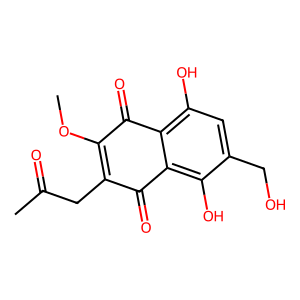
SMILES: COC1=C(CC(C)=O)C(=O)c2c(O)c(CO)cc(O)c2C1=O
Inhibits HIV replication: No